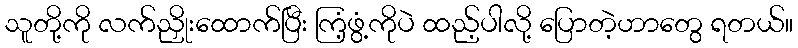
သူတို့ကို လက်ညှိုးထောက်ပြီး ကြံ့ဖွံ့ကိုပဲ ထည့်ပါလို့ ပြောတဲ့ဟာတွေ ရတယ်။